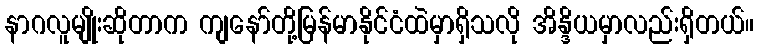
နာဂလူမျိုးဆိုတာက ကျနော်တို့မြန်မာနိုင်ငံထဲမှာရှိသလို အိန္ဒိယမှာလည်းရှိတယ်။